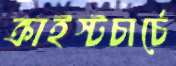
ক্রাইস্টচার্চে